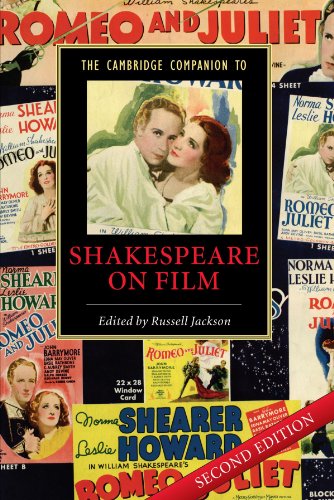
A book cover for The Cambridge Companion to Shakespeare on Film (Cambridge Companions to Literature); Humor & Entertainment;